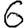
Digit: 6